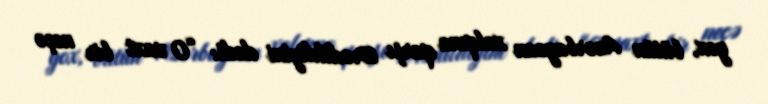
yox, bütün Azərbaycan xalqına qarşı törədildiyini dedi: “O vaxt bir neçə